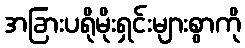
အခြားပရိုမိုးရှင်းများစွာကို